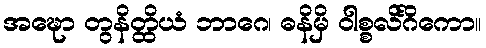
အဍ္ဎော တွနိတ္ထိယံ ဘာဂေ၊ ဓနိမှိ ဝါစ္စလိင်္ဂိကော။